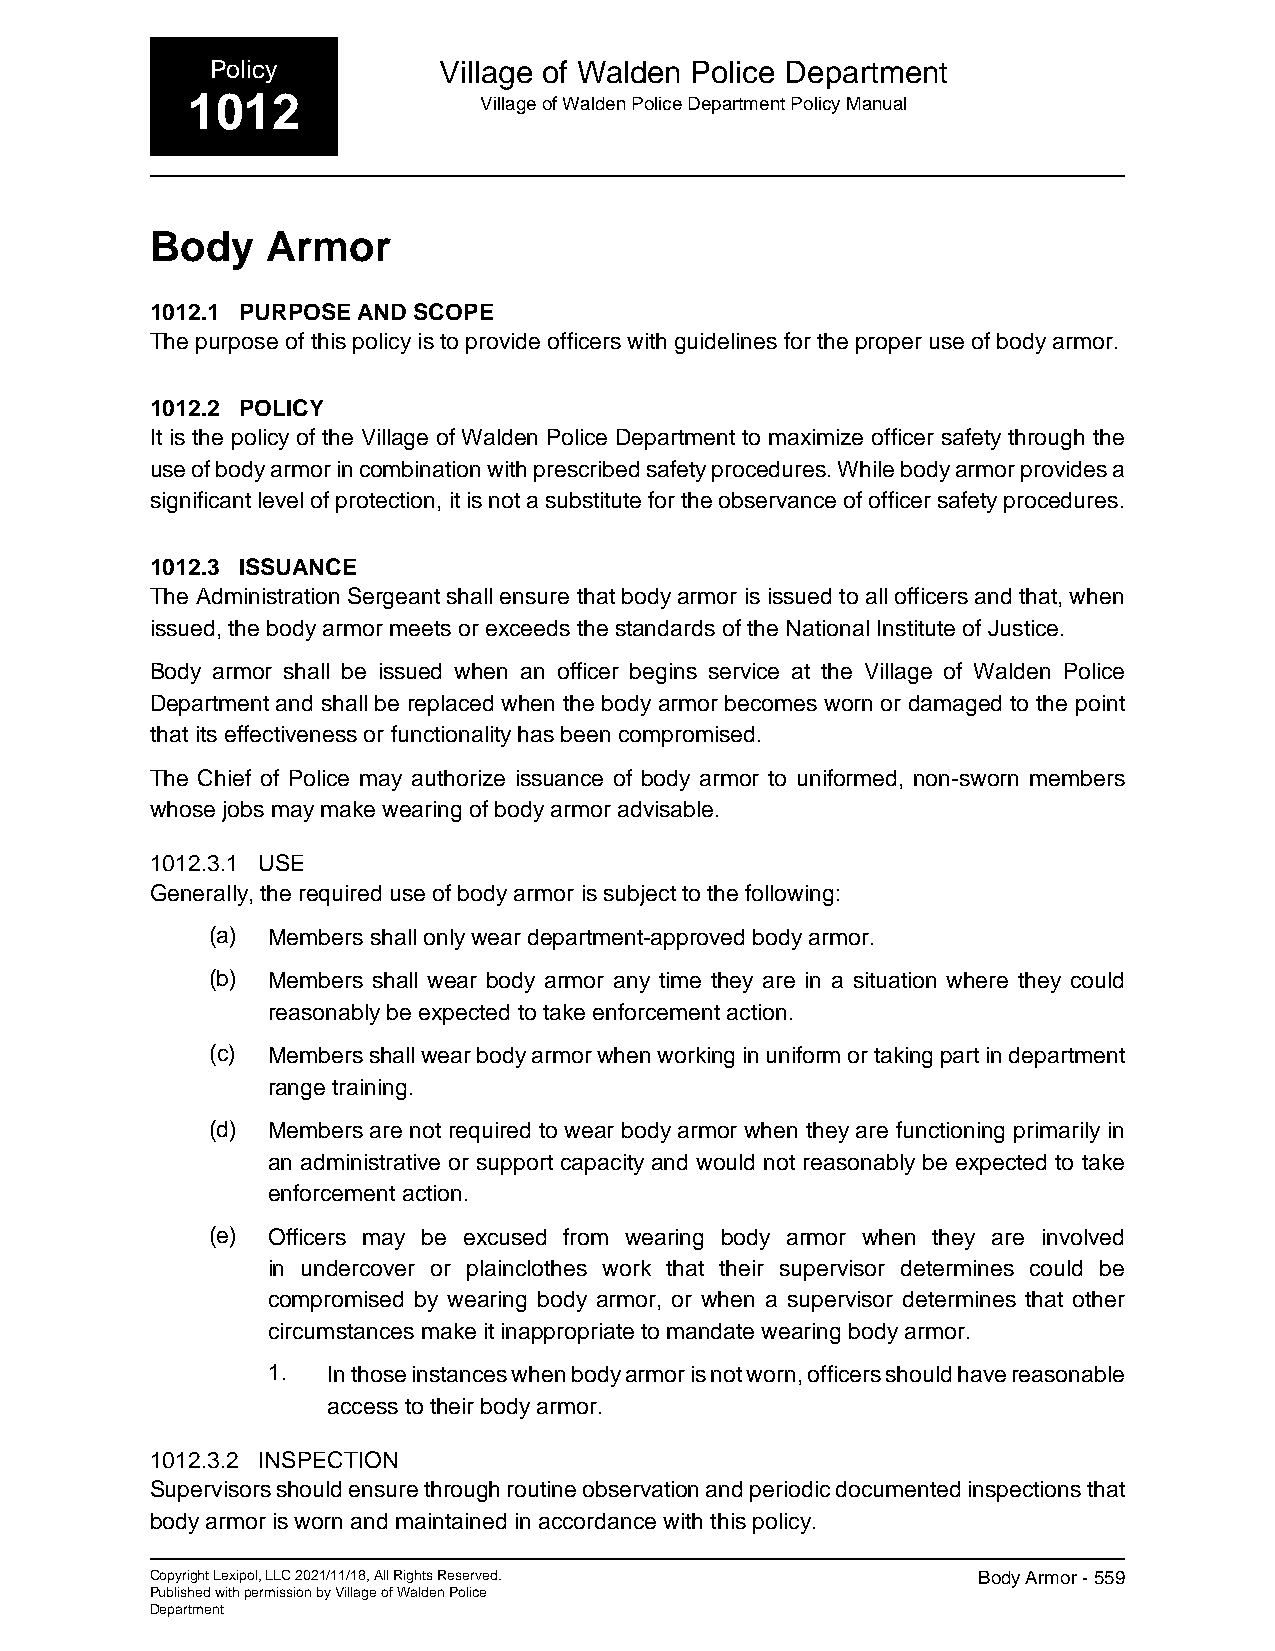
Policy         Village of Walden Police Department
 1012                Village of Walden Police Department Policy Manual
 Body    Armor
 1012.1 PURPOSE AND SCOPE
 The purpose of this policy is to provide officers with guidelines for the proper use of body armor.
 1012.2 POLICY
 It is the policy of the Village of Walden Police Department to maximize officer safety through the
 use of body armor in combination with prescribed safety procedures. While body armor provides a
 significant level of protection, it is not a substitute for the observance of officer safety procedures.
 1012.3 ISSUANCE
 The Administration Sergeant shall ensure that body armor is issued to all officers and that, when
 issued, the body armor meets or exceeds the standards of the National Institute of Justice.
 Body armor shall be issued when an officer begins service at the Village of Walden Police
 Department and shall be replaced when the body armor becomes worn or damaged to the point
 that its effectiveness or functionality has been compromised.
 The Chief of Police may authorize issuance of body armor to uniformed, non-sworn members
 whose jobs may make wearing of body armor advisable.
 1012.3.1 USE
 Generally, the required use of body armor is subject to the following:
 (a) Members shall only wear department-approved body armor.
 (b) Members shall wear body armor any time they are in a situation where they could
 reasonably be expected to take enforcement action.
 (c) Members shall wear body armor when working in uniform or taking part in department
 range training.
 (d) Members are not required to wear body armor when they are functioning primarily in
 an administrative or support capacity and would not reasonably be expected to take
 enforcement action.
 (e) Officers may be excused from wearing body armor when they are involved
 in undercover or plainclothes work that their supervisor determines could be
 compromised by wearing body armor, or when a supervisor determines that other
 circumstances make it inappropriate to mandate wearing body armor.
 1.  In those instances when body armor is not worn, officers should have reasonable
 access to their body armor.
 1012.3.2 INSPECTION
 Supervisors should ensure through routine observation and periodic documented inspections that
 body armor is worn and maintained in accordance with this policy.
 Copyright Lexipol, LLC 2021/11/18, All Rights Reserved. Body Armor - 559
 Published with permission by Village of Walden Police
 Department